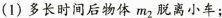
(1)多长时间后物体m_{2}脱离小车；